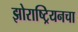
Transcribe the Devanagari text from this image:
झोराष्ट्रियनचा